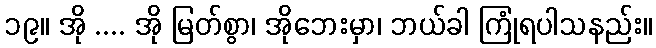
၁၉။ အို .... အို မြတ်စွာ၊ အိုဘေးမှာ၊ ဘယ်ခါ ကြုံရပါသနည်း။